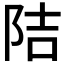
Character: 𮥁